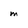
Character: m